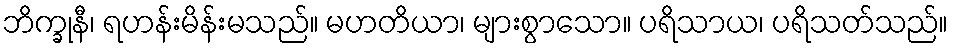
ဘိက္ခုနီ၊ ရဟန်းမိန်းမသည်။ မဟတိယာ၊ များစွာသော။ ပရိသာယ၊ ပရိသတ်သည်။